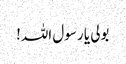
بولی یا رسول اللہ!